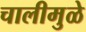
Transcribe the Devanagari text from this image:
चालीमुळे